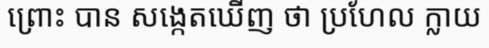
ព្រោះ បាន សង្កេតឃើញ ថា ប្រហែល ក្លាយ